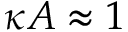
\kappa A \approx 1